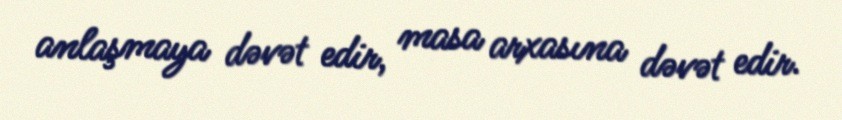
anlaşmaya dəvət edir, masa arxasına dəvət edir.